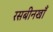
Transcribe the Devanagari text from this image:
रसबीनखाँ